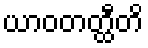
ယာဝတတ္ထီတိ